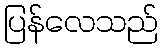
ပြန်လေသည်